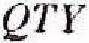
QTY